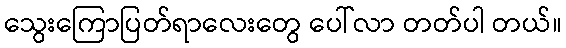
သွေးကြောပြတ်ရာလေးတွေ ပေါ်လာ တတ်ပါ တယ်။